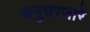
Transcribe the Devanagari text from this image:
अनुचरणारे